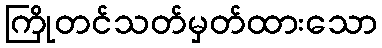
ကြိုတင်သတ်မှတ်ထားသော